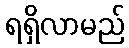
ရရှိလာမည်